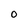
Character: O